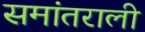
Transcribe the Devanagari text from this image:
समांतराली